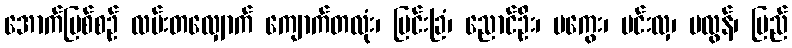
အောက်မြစ်စဉ် လမ်းတလျှောက် ကျောက်တလုံး၊ မြင်းခြံ၊ ညောင်ဦး၊ မကွေး၊ မင်းလှ၊ မလွန်၊ ပြည်